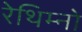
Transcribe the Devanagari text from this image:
रेथिम्नो